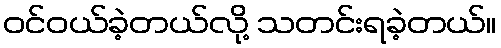
ဝင်ဝယ်ခဲ့တယ်လို့ သတင်းရခဲ့တယ်။